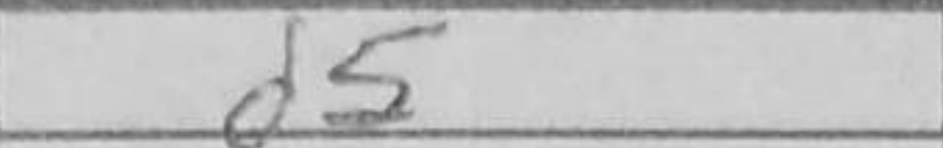
Transcription: d5